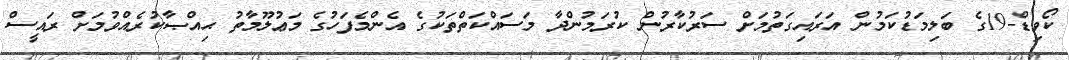
ކޯވިޑް-19ގެ ބަލިމަޑުކަމުން އަރައިގަތުމަށް ސަރުކާރުން ކުރަމުންދާ މަސައްކަތްތަކުގެ އެންމެފަހުގެ މަޢުލޫމާތު ޙިއްޞާކުރެއްވުމަށް ރައީސް